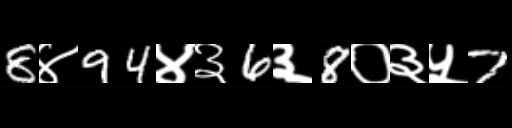
Text: 8४94४३6३8०३५7